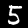
Digit: 5